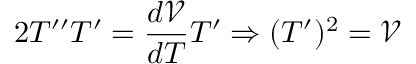
2 T ^ { \prime \prime } T ^ { \prime } = \frac { d \mathcal { V } } { d T } T ^ { \prime } \Rightarrow ( T ^ { \prime } ) ^ { 2 } = \mathcal { V }